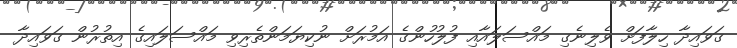
ގަވައިދާ ހިލާފަށް ވެލިނެގި މައްސަލައާއި ފުލުހުންގެ އަމުރަށް ނުކިޔަމަންތެރިވި މައްސަލައިގެ އިތުރުން ގަވައިދާ